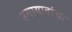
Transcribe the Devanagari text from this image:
उमायादांचा